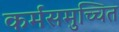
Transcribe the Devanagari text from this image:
कर्मसमुच्चित